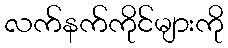
လက်နက်ကိုင်များကို